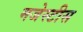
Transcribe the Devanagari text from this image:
मजेस्टीस